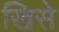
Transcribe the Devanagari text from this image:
खिसे